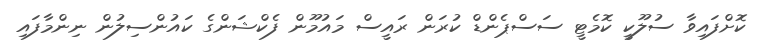
ކޮށްފައިވާ ސުލޫކީ ކޮމެޓީ ސަސްޕެންޑް ކުރަން ރައީސް މައުމޫން ފެކްޝަންގެ ކައުންސިލުން ނިންމާފައި